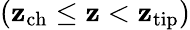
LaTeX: (\mathbf{z}_{\mathrm{{ch}}}\leq\mathbf{z}<\mathbf{z}_{\mathrm{{tip}}})